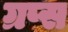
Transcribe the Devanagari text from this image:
ग्रप्स